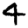
Digit: 4